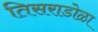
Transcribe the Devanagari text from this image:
तिसराडोळा